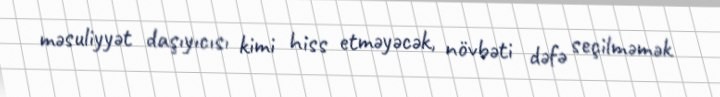
məsuliyyət daşıyıcısı kimi hiss etməyəcək, növbəti dəfə seçilməmək